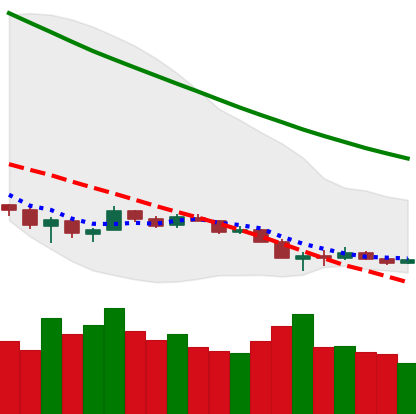
Ticker: ETH-USD
Chart end date: 2018-12-12
Forward return: 5.012%
Label: up_5_7